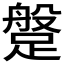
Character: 𨃞